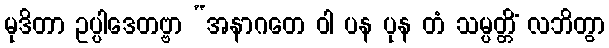
မုဒိတာ ဥပ္ပါဒေတဗ္ဗာ “အနာဂတေ ဝါ ပန ပုန တံ သမ္ပတ္တိံ လဘိတွာ